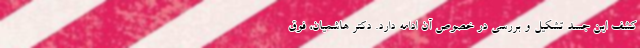
کشف این جسد تشکیل و بررسی در خصوص آن ادامه دارد. دکتر هاشمیان، فوق